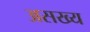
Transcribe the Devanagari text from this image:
असख्य